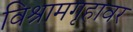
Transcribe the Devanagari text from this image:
विश्रामगृहावर